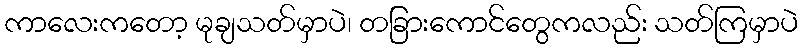
ကာလေးကတော့ မုချသတ်မှာပဲ၊ တခြားကောင်တွေကလည်း သတ်ကြမှာပဲ